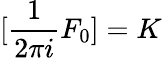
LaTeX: [{\frac{1}{2\pi i}}F_{0}]=K